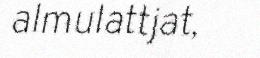
almulattjat,